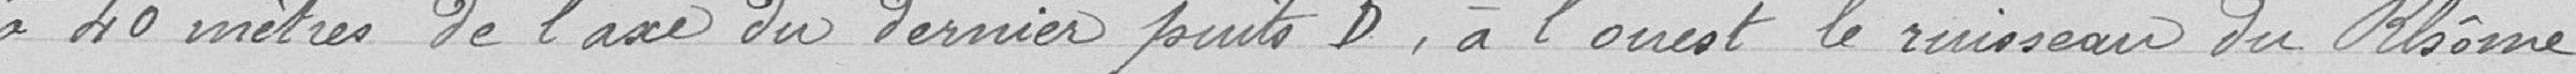
à 40 mètres de l'axe du dernier puits D, à l'ouest, le ruisseau du Rhôme. ?